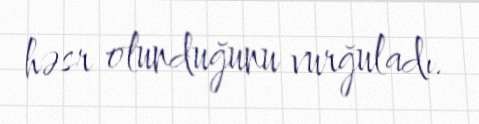
həsr olunduğunu vurğuladı.